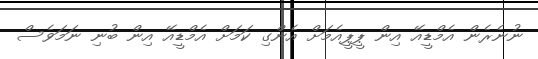
ނުނެރެން އެމްޑީއޭ އިން ޕީޕީއެމަށް އެންގި ކަމަށް އެމްޑީއޭ އިން ބުނި ނަމަވެސް